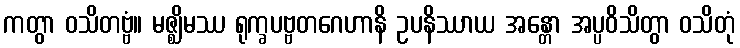
ကတွာ ဝသိတဗ္ဗံ။ မဇ္ဈိမဿ ရုက္ခပဗ္ဗတဂေဟာနိ ဥပနိဿာယ အန္တော အပ္ပဝိသိတွာ ဝသိတုံ